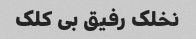
نخلک رفیق بی کلک